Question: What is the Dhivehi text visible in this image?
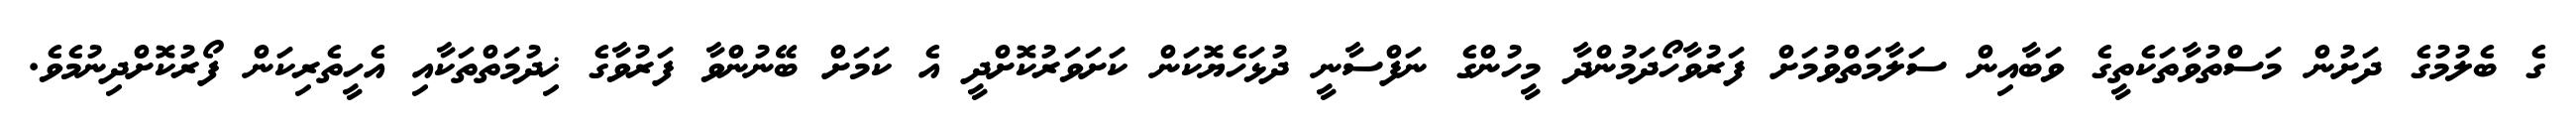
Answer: ގެ ބެލުމުގެ ދަށުން މަސްތުވާތަކެތީގެ ވަބާއިން ސަލާމަތްވުމަށް ފަރުވާހޯދަމުންދާ މީހުންގެ ނަފްސާނީ ދުޅަހެޔޮކަން ކަށަވަރުކޮށްދީ އެ ކަމަށް ބޭނުންވާ ފަރުވާގެ ޚިދުމަތްތަކާއި އެހީތެރިކަން ފޯރުކޮށްދިނުމެވެ.